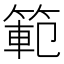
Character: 範